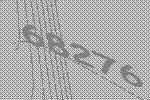
68276